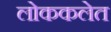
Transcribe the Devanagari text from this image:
लोककलेत